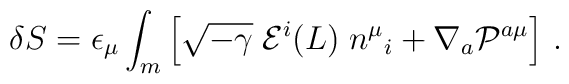
\delta S = \epsilon_{\mu}\int_m \left[ \sqrt{-\gamma} \; {\cal E}^i (L) \;  n^\mu{}_i+  \nabla_a {\cal P}^{a\mu}\right]\,.